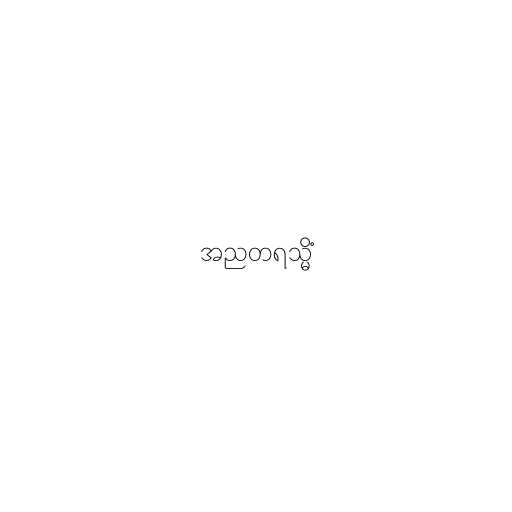
အညတရသ္မိံ